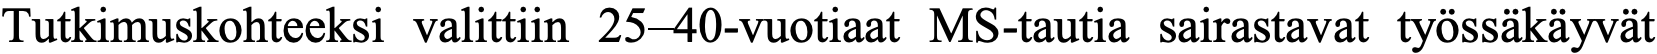
Tutkimuskohteeksi valittiin 25–40-vuotiaat MS-tautia sairastavat työssäkäyvät